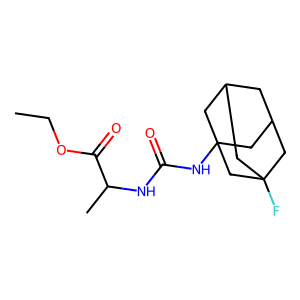
SMILES: CCOC(=O)C(C)NC(=O)NC12CC3CC(CC(F)(C3)C1)C2
Inhibits HIV replication: No